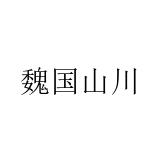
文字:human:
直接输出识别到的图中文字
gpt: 魏国山川